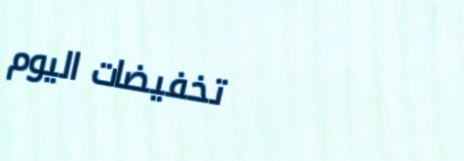
تخفيضات اليوم